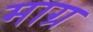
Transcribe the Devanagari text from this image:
माग्र